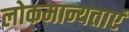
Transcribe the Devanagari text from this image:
लोकमान्यताएं